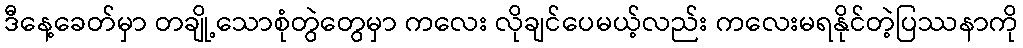
ဒီနေ့ခေတ်မှာ တချို့သောစုံတွဲတွေမှာ ကလေး လိုချင်ပေမယ့်လည်း ကလေးမရနိုင်တဲ့ပြဿနာကို